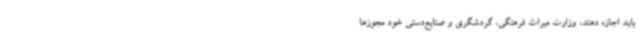
باید اجازه دهند، وزارت میراث فرهنگی، گردشگری و صنایع‌دستی خود مجوزها